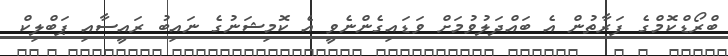
ބްރޯޑްކޮމްގެ ފަރާތުން އެ ބައްދަލުވުމަށް ވަޑައިގެންނެވީ އެ ކޮމިޝަނުގެ ނައިބު ރައީސާއި ޕަބްލިކް